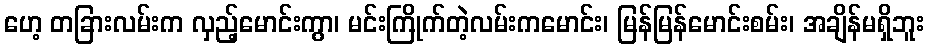
ဟေ့ တခြားလမ်းက လှည့်မောင်းကွာ၊ မင်းကြိုက်တဲ့လမ်းကမောင်း၊ မြန်မြန်မောင်းစမ်း၊ အချိန်မရှိဘူး